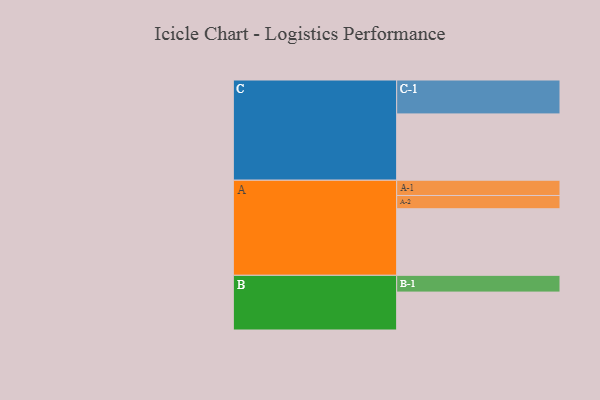
{"axis": {"x": "Segment", "y": "Value"}, "legend": ["", "A", "B", "C"], "data": [{"x": "A", "y": 532, "type": ""}, {"x": "B", "y": 303, "type": ""}, {"x": "C", "y": 530, "type": ""}, {"x": "A-1", "y": 122, "type": "A"}, {"x": "A-2", "y": 106, "type": "A"}, {"x": "B-1", "y": 134, "type": "B"}, {"x": "C-1", "y": 271, "type": "C"}]}